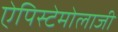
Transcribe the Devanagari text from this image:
ऐपिस्टेमोलाजी